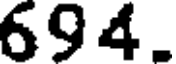
694.